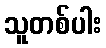
သူတစ်ပါး